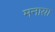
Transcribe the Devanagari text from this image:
मनाय़ा